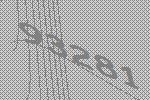
93281